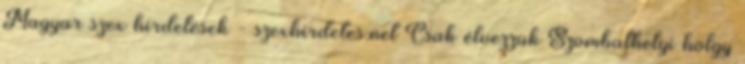
Magyar szex hirdetések - szexhirdetes.net Csak élvezzük Szombathelyi hölgy